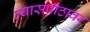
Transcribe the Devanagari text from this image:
व्‍यासपीठावर